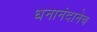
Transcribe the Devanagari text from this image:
धनानंदानेच